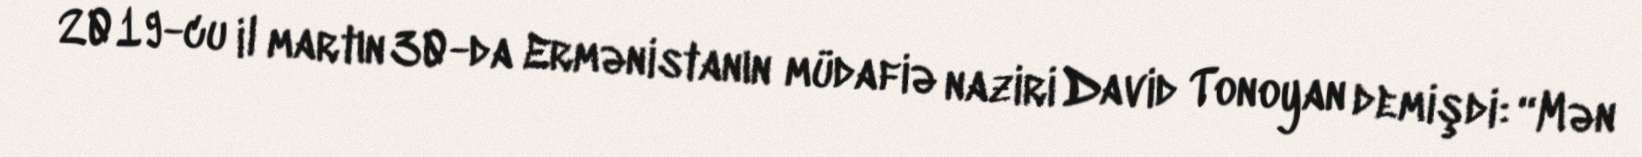
2019-cu il martın 30-da Ermənistanın müdafiə naziri David Tonoyan demişdi: “Mən